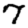
Digit: 7